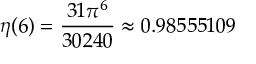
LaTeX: \eta ( 6 ) = { \frac { 3 1 \pi ^ { 6 } } { 3 0 2 4 0 } } \approx 0 . 9 8 5 5 5 1 0 9